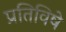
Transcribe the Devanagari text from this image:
प्रतिविषे